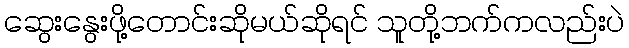
ဆွေးနွေးဖို့တောင်းဆိုမယ်ဆိုရင် သူတို့ဘက်ကလည်းပဲ